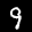
Label: 9